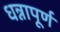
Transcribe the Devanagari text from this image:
धन्नापूर्ण